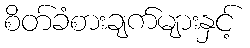
စိတ်ခံစားချက်များနှင့်